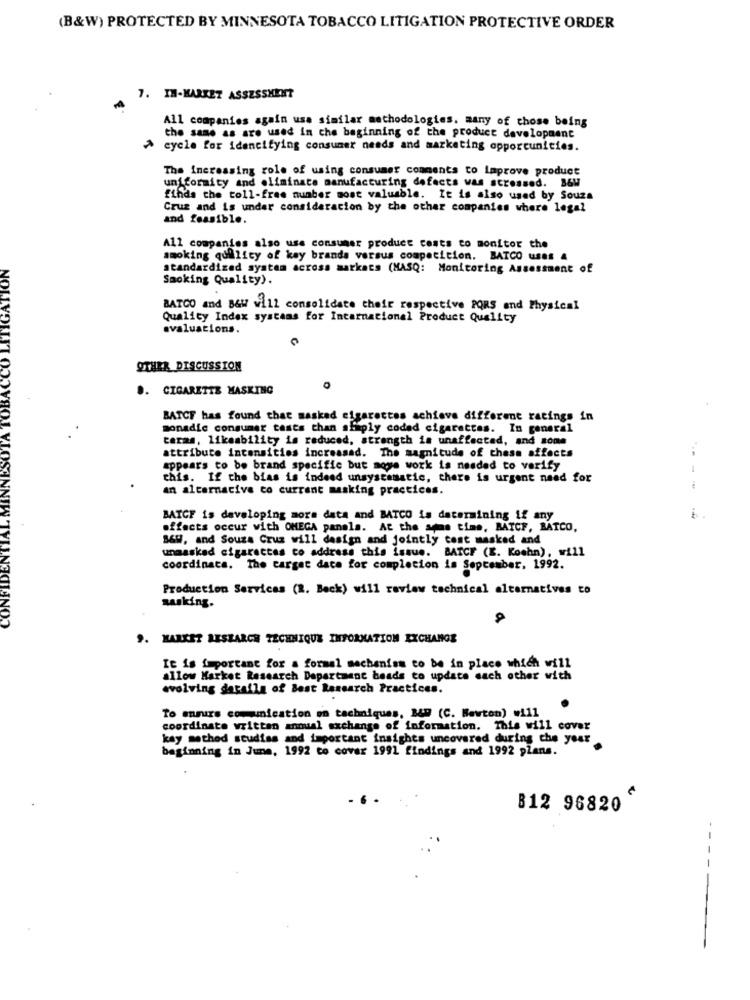
(B&W) PROTECTED BY MINNESOTA TOBACCO LITIGATION PROTECTIVE ORDER
7. IN-MARKET ASSESSMENT
All companies again usa similar methodologies. aany of those being
the same as are used in the beginning of the product development
^ cycle for identifying consumer needs and marketing opportunities.
The increasing role of using consumer comments to Improve product
uniformity and eliminate manufacturing defects was stressed. B&W
finds the toll-free number most valuable. It is also used by Souza
Cruz and is under consideration by the other companies where legal
and feasible.
All companies also use consumer product costs to monitor the
ATION
smoking quality of kay brands versus competition. BATCO USES 4
standardized system across markats (MASQ: Monitoring Assessment of
Smoking Quality).
BATCO and B&W will consolidate their respective PORS and Physical
Quality Index systems for International Product Quality
evaluations.
0
BAC
OTHER DISCUSSION
.. CIGARETTE MASKING
0
BATCF has found that masked cigarettes achieve different ratings in
sonadie consumer tests than aliply coded cigarettes. In general
taras, likeability is reduced, strength is unaffected, and sons
attribute intensities increased. The magnitude of these affects
appears to be brand specific but moge work is needed to verify
this. If the bias is indeed unsystematic, there is urgent need for
an alternative co currant masking practices.
BAICF is developing more data and BATCO is determining if any
affects occur with OMEGA panala. At the arms time, BATCF, BATCO,
S&W, and Souza Cruz will design and jointly cost masked and
unmasked cigarettes to address this issue. BATCF (E. Kochn), will
coordinata. The target date for completion is September, 1992.
Production Services (R. Beck) will review technical alternatives to
masking.
9. MARKET RESEARCH TECHNIQUE INFORMATION EXCHANGE
It is important for a formal mechanism to be in place which will
allow Market Research Department beads to update each other with
evolving daralla of Best Research Practices.
To ensure communication on tachniques, BAD (C. Newton) =111
coordinate written annual exchange of information. This will cover
kay method studies and important insights uncovered during the year
beginning in June, 1992 to cover 1991 findings and 1992 plans.
812 96820